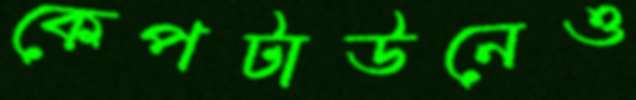
কেপটাউনেও